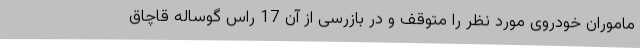
ماموران خودروی مورد نظر را متوقف و در بازرسی از آن 17 راس گوساله قاچاق